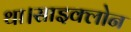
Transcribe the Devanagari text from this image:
था।साइक्लोन